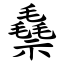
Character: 䄟